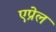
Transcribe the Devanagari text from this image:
एप्रेल